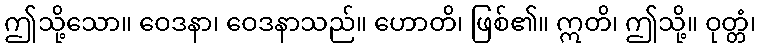
ဤသို့သော။ ဝေဒနာ၊ ဝေဒနာသည်။ ဟောတိ၊ ဖြစ်၏။ ဣတိ၊ ဤသို့။ ဝုတ္တံ၊